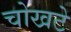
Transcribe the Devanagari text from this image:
चोखटे